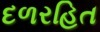
દળરહિત